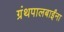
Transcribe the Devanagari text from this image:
ग्रंथपालबाईंना